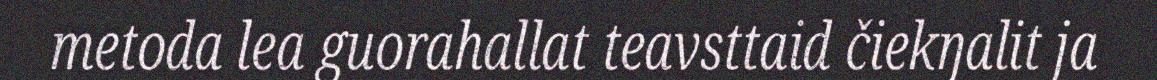
metoda lea guorahallat teavsttaid čiekŋalit ja